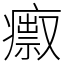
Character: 𤺅